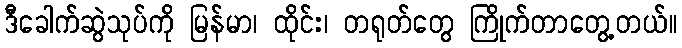
ဒီခေါက်ဆွဲသုပ်ကို မြန်မာ၊ ထိုင်း၊ တရုတ်တွေ ကြိုက်တာတွေ့တယ်။